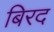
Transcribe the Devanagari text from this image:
बिरद